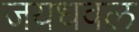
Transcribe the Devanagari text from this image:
जयधवल